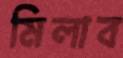
মিলাব